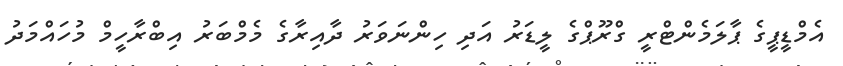
އެމްޑީޕީގެ ޕާލަމެންޓްރީ ގްރޫޕްގެ ލީޑަރު އަދި ހިންނަވަރު ދާއިރާގެ މެމްބަރު އިބްރާހީމް މުހައްމަދު